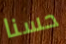
حسنا